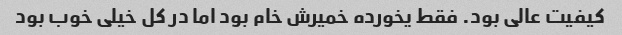
کیفیت عالی بود. فقط یخورده خمیرش خام بود اما در کل خیلی خوب بود